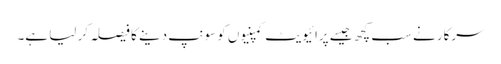
سرکار نے سب کچھ جیسے پرائیویٹ کمپنیوں کو سونپ دینے کا فیصلہ کر لیا ہے۔